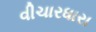
વીચારધારા